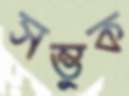
সম্ভুক